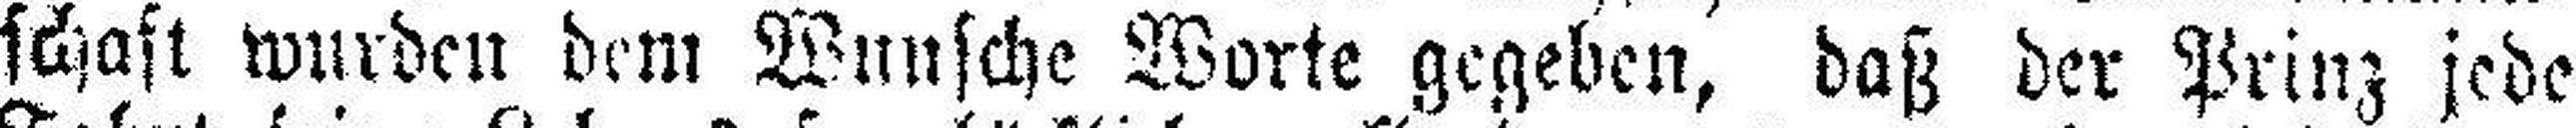
schaft wurden dem Wunsche Worte gegeben, daß der Prinz jede